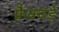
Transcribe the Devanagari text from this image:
फ़्रैक्चर्ड